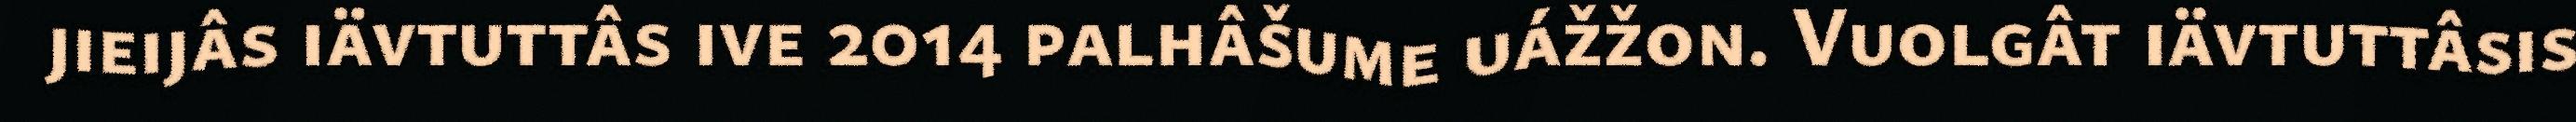
jieijâs iävtuttâs ive 2014 palhâšume uážžon. Vuolgât iävtuttâsis